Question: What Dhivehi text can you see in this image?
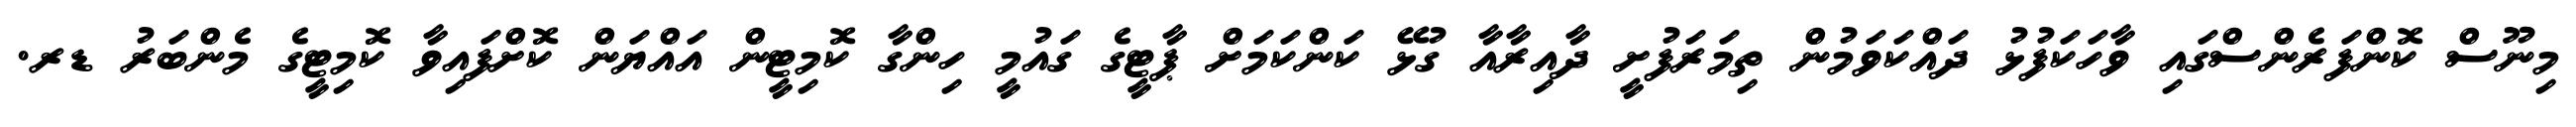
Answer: މިނޫސް ކޮންފަރެންސްގައި ވާހަކަފުޅު ދައްކަވަމުން ތިމަރަފުށީ ދާއިރާއާ ގުޅޭ ކަންކަމަށް ޕާޓީގެ ގައުމީ ހިންގާ ކޮމިޓީން އައްޔަން ކޮށްފައިވާ ކޮމިޓީގެ މެންބަރު ޑރ.